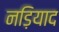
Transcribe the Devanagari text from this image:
नड़ियाद